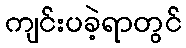
ကျင်းပခဲ့ရာတွင်